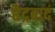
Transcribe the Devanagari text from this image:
हैद्रबाद